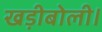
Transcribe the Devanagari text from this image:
खड़ीबोली।